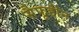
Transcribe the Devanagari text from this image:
सैफूद्दीन